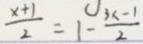
\frac { x + 1 } { 2 } = 1 - \frac { 3 x - 1 } { 2 }